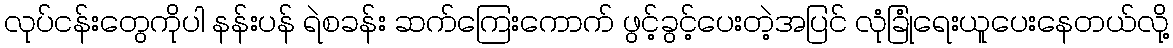
လုပ်ငန်းတွေကိုပါ နန်းပန် ရဲစခန်း ဆက်ကြေးကောက် ဖွင့်ခွင့်ပေးတဲ့အပြင် လုံခြုံရေးယူပေးနေတယ်လို့